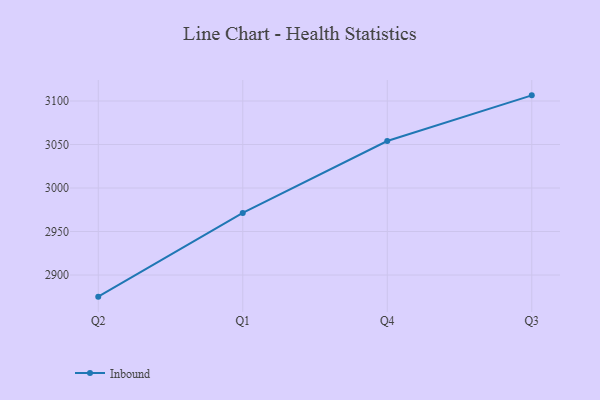
{"axis": {"x": "Quarter", "y": "Backlog"}, "legend": ["Inbound"], "data": [{"x": "Q2", "y": 2875.1, "type": "Inbound"}, {"x": "Q1", "y": 2971.4, "type": "Inbound"}, {"x": "Q4", "y": 3054.0, "type": "Inbound"}, {"x": "Q3", "y": 3106.5, "type": "Inbound"}]}